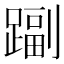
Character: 𨄩